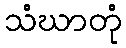
သံဃာတုံ